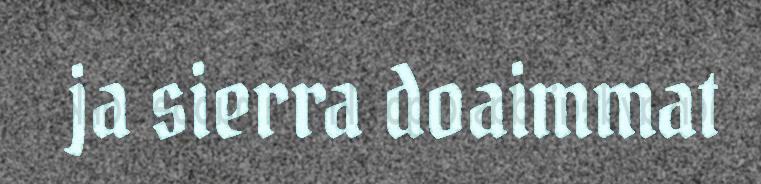
ja sierra doaimmat